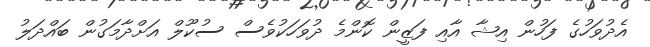
އެދުވަހުގެ ފަހުން އިޝާ އާއި ފަޒީން ކޮންމެ ދުވަހަކުވެސް ސުކޫލް އަށްދާމަގުން ބައްދަލު